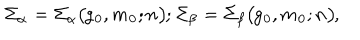
\mit \Sigma _ { \alpha } = \mit \Sigma _ { \alpha } ( g _ { 0 } , m _ { 0 } ; n ) ; \mit \Sigma _ { \beta } = \mit \Sigma _ { \beta } ( g _ { 0 } , m _ { 0 } ; n ) ,